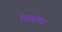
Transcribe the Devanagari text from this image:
तेरड्यांच्या